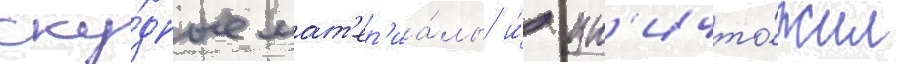
ску́дные мат'ер'иа́лы и́ ун'ичто́жил